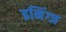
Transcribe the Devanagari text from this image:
इनिंग्ज